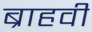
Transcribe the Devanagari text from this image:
ब्राहवी